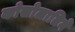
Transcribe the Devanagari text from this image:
कोसोलातिने